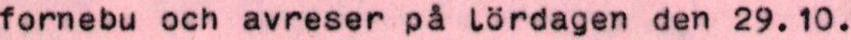
fornebu och avreser på lördagen den 29.10.